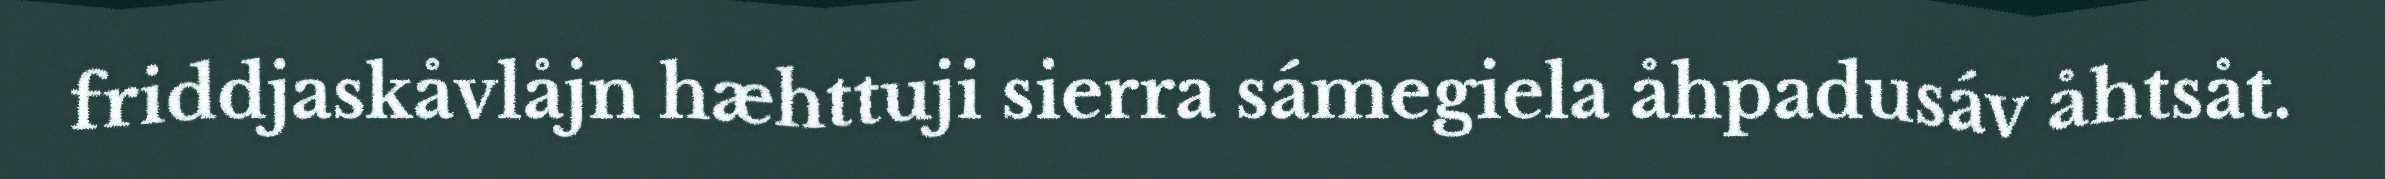
friddjaskåvlåjn hæhttuji sierra sámegiela åhpadusáv åhtsåt.